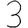
Digit: 3